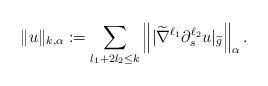
LaTeX: \begin{align*}\|u\|_{k,\alpha} := \displaystyle\sum_{l_{1} + 2l_{2} \leq k} \left\| |\widetilde{\nabla}^{\ell_1} \partial^{\ell_{2}}_{s} u |_{\widetilde{g}} \right\|_{\alpha}.\end{align*}